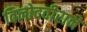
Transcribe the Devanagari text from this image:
विनोदवीराने